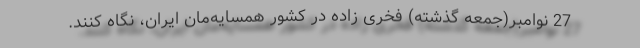
27 نوامبر(جمعه گذشته) فخری زاده در کشور همسایه‌مان ایران، نگاه کنند.